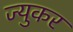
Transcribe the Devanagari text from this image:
ज्युकर